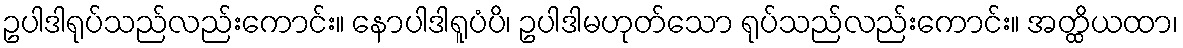
ဥပါဒါရုပ်သည်လည်းကောင်း။ နောပါဒါရူပံပိ၊ ဥပါဒါမဟုတ်သော ရုပ်သည်လည်းကောင်း။ အတ္ထိယထာ၊